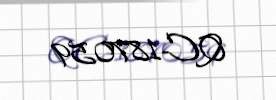
QC-187059